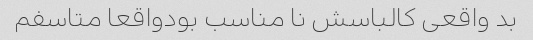
بد واقعی کالباسش نا مناسب بودواقعا متاسفم